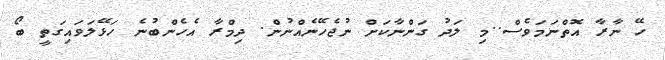
ހޭ ނާރާ އޮތްނަމަވެސް..މި ލަދު ގަންނާކަށް ނުޖެހޭނެއްނުން. ދިމްރާ އެހެންބުނެ ހަޅޭލަވައިގަތީ ބޯ